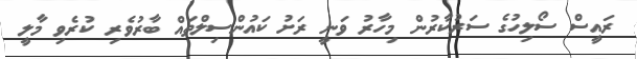
ރައީސް ސޯލިހުގެ ސަރުކާރުން މިހާރު ވަނީ ރަށު ކައުންސިލްތައް ބާރުވެރި ކުރެވި މާލީ